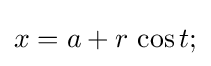
x=a+r\,\cos t;\,\!